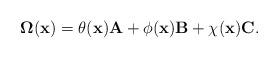
LaTeX: \begin{align*}\boldsymbol{\Omega}(\mathbf{x})=\theta(\mathbf{x}) \mathbf{A}+\phi(\mathbf{x}) \mathbf{B}+\chi(\mathbf{x}) \mathbf{C}.\end{align*}